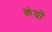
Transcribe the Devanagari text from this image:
कंघों